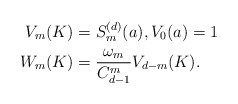
\begin{align*}V_m(K)&= S^{(d)}_m (a), V_0(a)=1 \\W_m(K)&= \frac{\omega_m}{C^m_{d-1}} V_{d-m}(K). \end{align*}